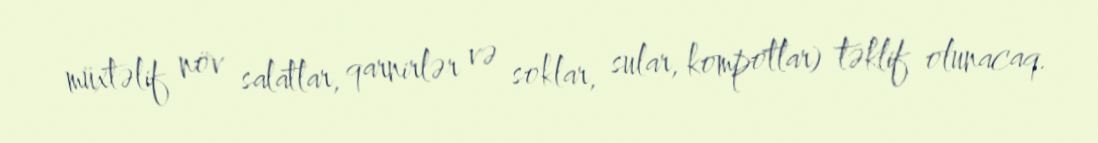
müxtəlif növ salatlar, qarnirlər və soklar, sular, kompotlar) təklif olunacaq.